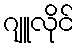
ဂျူလိုင်